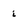
Character: i